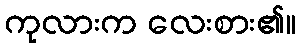
ကုလားက လေးစား၏။